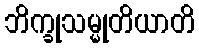
ဘိက္ခုသမ္မုတိယာတိ